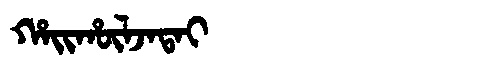
Manchu: ᡥᠠᡳᡥᡡᠯᠵᠠᡨᠠᡳ
Romanization: HAIHŪLJATAI